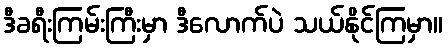
ဒီခရီးကြမ်းကြီးမှာ ဒီလောက်ပဲ သယ်နိုင်ကြမှာ။